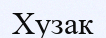
Хузак